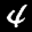
Label: 4